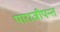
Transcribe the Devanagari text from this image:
पाराजीपन्त